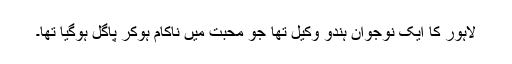
لاہور کا ایک نوجوان ہندو وکیل تھا جو محبت میں ناکام ہوکر پاگل ہوگیا تھا۔